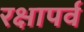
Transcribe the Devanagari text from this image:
रक्षापर्व